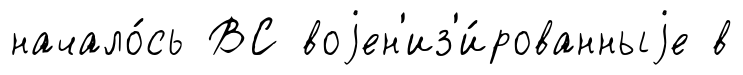
начало́сь ВС воjен'из'и́рованныjе в